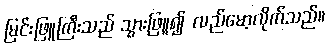
မြင်းဖြူကြီးသည် သွားဖြူ၍ လည်မော့လိုက်သည်။